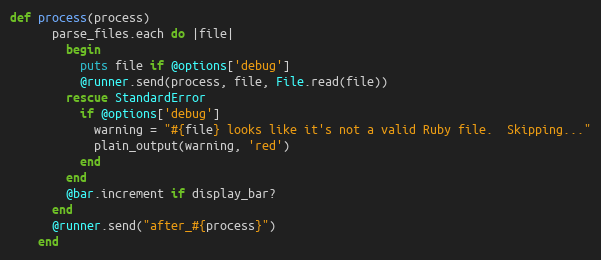
Language: Ruby
def process(process)
      parse_files.each do |file|
        begin
          puts file if @options['debug']
          @runner.send(process, file, File.read(file))
        rescue StandardError
          if @options['debug']
            warning = "#{file} looks like it's not a valid Ruby file.  Skipping..."
            plain_output(warning, 'red')
          end
        end
        @bar.increment if display_bar?
      end
      @runner.send("after_#{process}")
    end